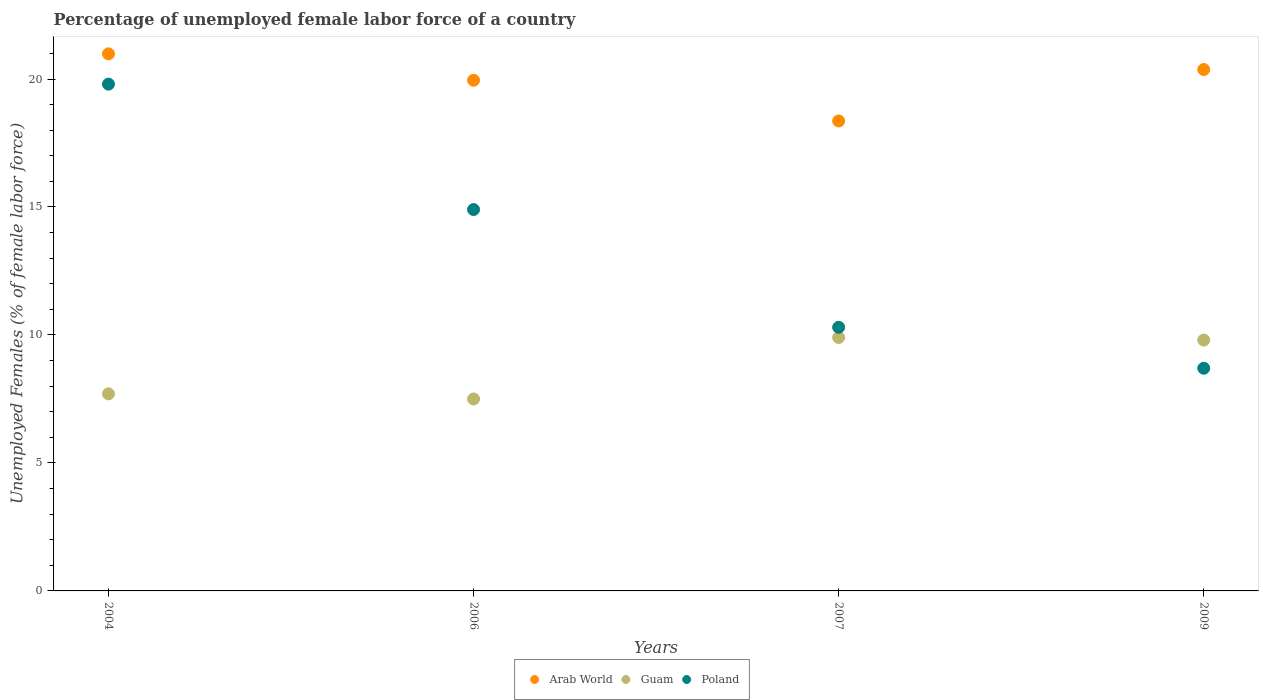
| Years | Arab World | Guam | Poland |
 | --- | --- | --- | --- |
 | 2004 | 21 | 7.7 | 19.8 |
 | 2006 | 20 | 7.5 | 14.9 |
 | 2007 | 18.4 | 9.9 | 10.3 |
 | 2009 | 20.4 | 9.8 | 8.7 |